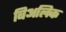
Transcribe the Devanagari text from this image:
बिअलिक